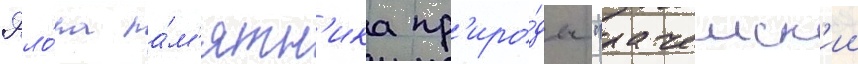
Фло́ра па́м'ятн'ика пр'иро́ды "рачеиск'ии